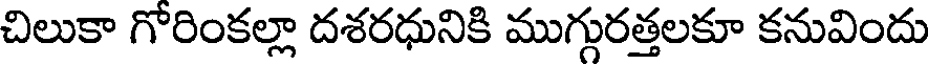
చిలుకా గోరింకల్లా దశరధునికి ముగ్గురత్తలకూ కనువిందు